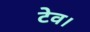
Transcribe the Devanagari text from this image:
टेव।